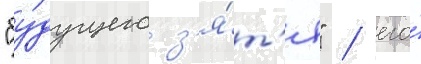
"бу́дущего з'я́т'я" / его́